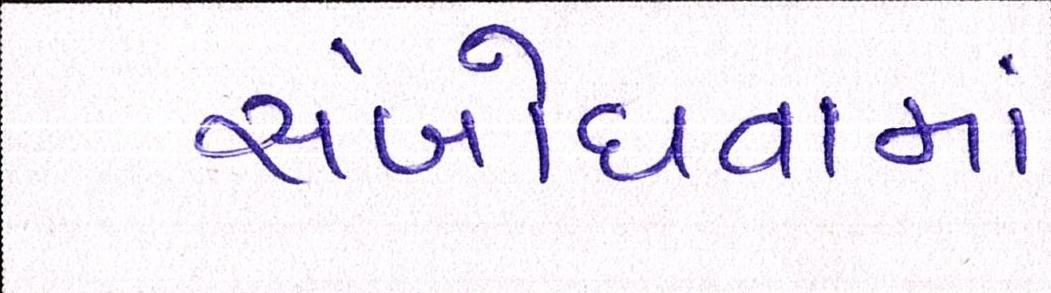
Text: સંબોધવામાં